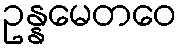
ဥန္နမေတဝေ